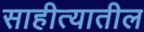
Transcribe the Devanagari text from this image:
साहीत्यातील